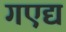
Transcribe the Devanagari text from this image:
गएद्य